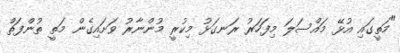
"މަތީގައި އުޅޭ މައްސަލަ މިފަހަރު ރަނގަޅު މިކުރީ މުންނާރު ވަށައިގެން މަތީ ތުންފަތް